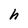
Character: h